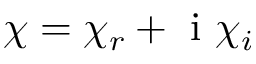
\chi = \chi _ { r } + \mathrm { ~ i ~ } \chi _ { i }